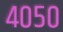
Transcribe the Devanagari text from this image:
४०५०